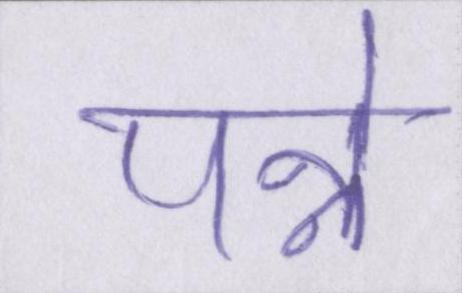
पन्ने